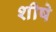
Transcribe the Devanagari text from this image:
शीषे